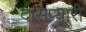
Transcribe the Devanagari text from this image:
दासप्यारी